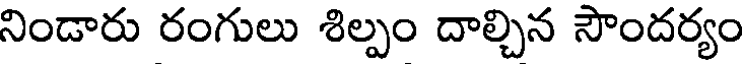
నిండారు రంగులు శిల్పం దాల్చిన సౌందర్యం